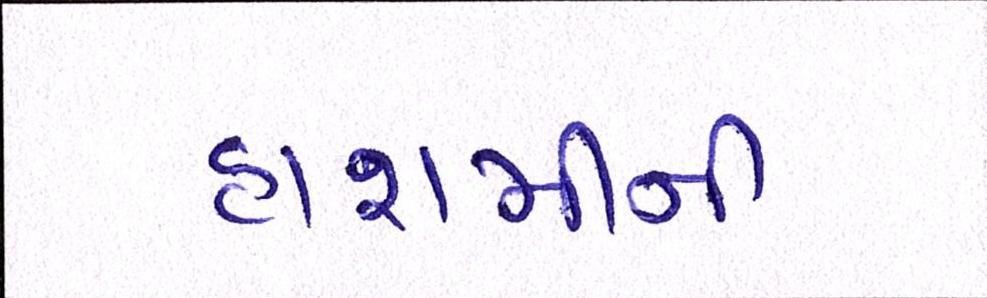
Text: હાશમીની